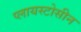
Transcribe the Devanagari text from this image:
प्लायस्टोसीन